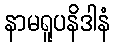
နာမရူပနိဒါနံ